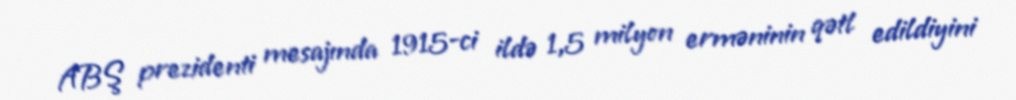
ABŞ prezidenti mesajında 1915-ci ildə 1,5 milyon erməninin qətl edildiyini